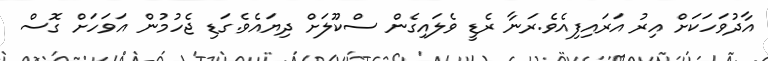
އާދުވަހަކަށް އިރު އަރައިފިއެވެ.ރަނާ ރެޑީ ވެލައިގެން ސްކޫލަށް ދިޔައެވެ.ގަޑި ޖެހުމުން އަވަހަށް ގޮސް